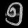
Digit: ၅